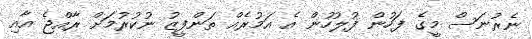
ނެރުނަސް މީގެ ފަހުން ފުލުހުން އެ އަމުރެއް ތަންފީޒު ނުކުރުމަށް ރާއްޖެ އާއި